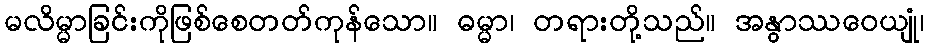
မလိမ္မာခြင်းကိုဖြစ်စေတတ်ကုန်သော။ ဓမ္မာ၊ တရားတို့သည်။ အနွာဿဝေယျုံ၊